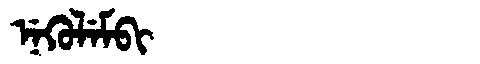
Manchu: ᠨᡝᡴᡠᠯᡝᠮᠪᡳ
Romanization: NEKULEMBI